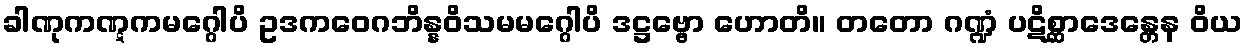
ခါဏုကဏ္ဋကမဂ္ဂေါပိ ဥဒကဝေဂဘိန္နဝိသမမဂ္ဂေါပိ ဒဋ္ဌဗ္ဗော ဟောတိ။ တတော ဂဏ္ဍံ ပဋိစ္ဆာဒေန္တေန ဝိယ